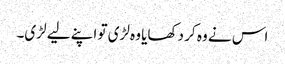
اس نے وہ کر دکھایا وہ لڑی تو اپنے لیے لڑی۔